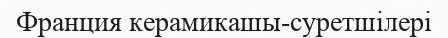
Франция керамикашы-суретшілері